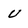
Character: U